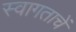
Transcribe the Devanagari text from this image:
स्वागताचें